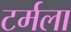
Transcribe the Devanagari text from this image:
टर्मला